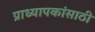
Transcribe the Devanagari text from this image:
प्राध्यापकांसाठी